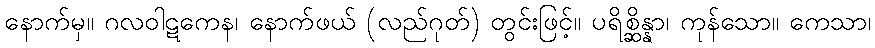
နောက်မှ။ ဂလဝါဋကေန၊ နောက်ဖယ် (လည်ဂုတ်) တွင်းဖြင့်။ ပရိစ္ဆိန္နာ၊ ကုန်သော။ ကေသာ၊